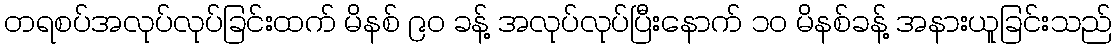
တရစပ်အလုပ်လုပ်ခြင်းထက် မိနစ် ၉၀ ခန့် အလုပ်လုပ်ပြီးနောက် ၁၀ မိနစ်ခန့် အနားယူခြင်းသည်